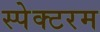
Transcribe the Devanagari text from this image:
स्पेक्टरम